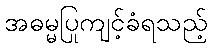
အဓမ္မပြုကျင့်ခံရသည့်